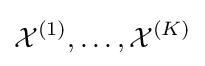
{\mathcal {X}}^{(1)},\dots ,{\mathcal {X}}^{(K)}